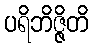
ပရိဘိဇ္ဇိတိ